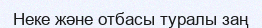
Неке және отбасы туралы заң